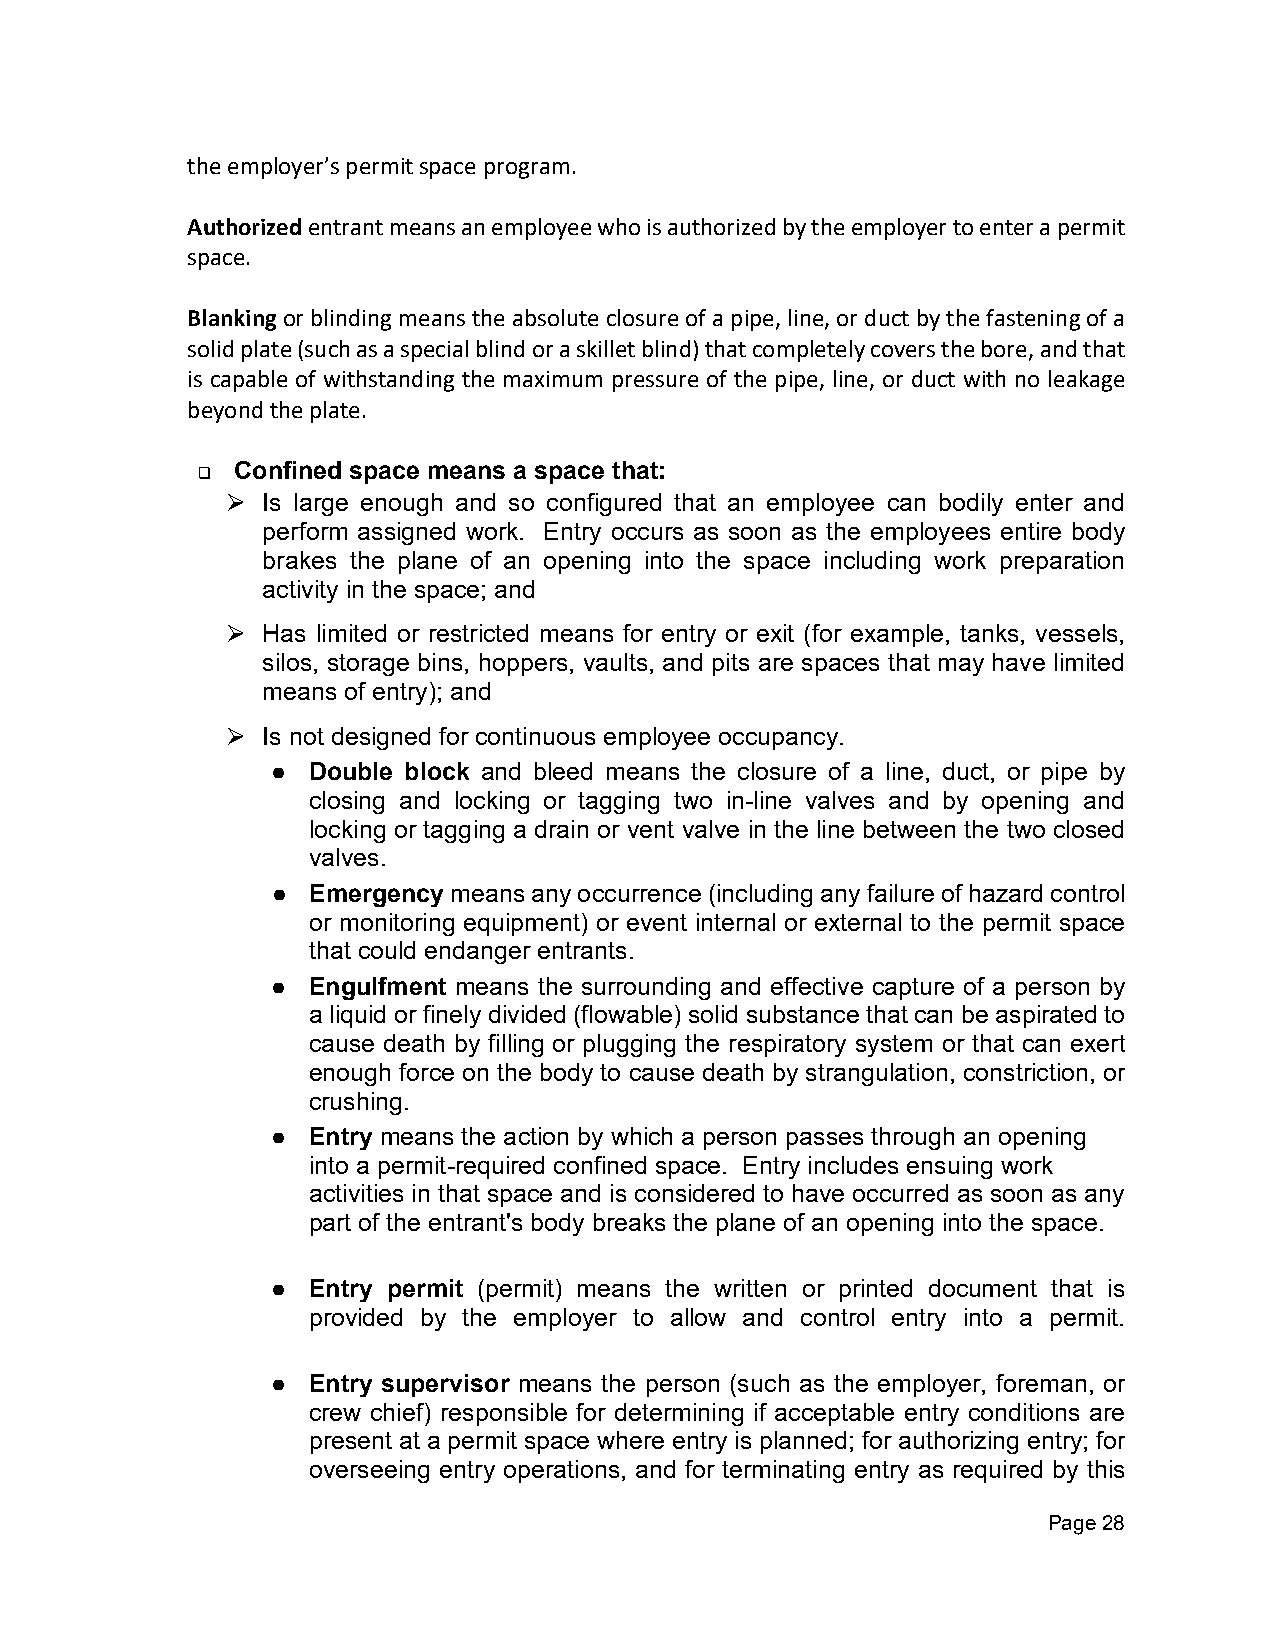
the employer’s permit space program.
 Authorized entrant means an employee who is authorized by the employer to enter a permit
 space.
 Blanking or blinding means the absolute closure of a pipe, line, or duct by the fastening of a
 solid plate (such as a special blind or a skillet blind) that completely covers the bore, and that
 is capable of withstanding the maximum pressure of the pipe, line, or duct with no leakage
 beyond the plate.
 Confined space means a space that:
 ❑
 Is large enough and so configured that an employee can bodily enter and
 ⮚
 perform assigned work. Entry occurs as soon as the employees entire body
 brakes the plane of an opening into the space including work preparation
 activity in the space; and
 Has limited or restricted means for entry or exit (for example, tanks, vessels,
 ⮚
 silos, storage bins, hoppers, vaults, and pits are spaces that may have limited
 means of entry); and
 Is not designed for continuous employee occupancy.
 ⮚
 ● Double block and bleed means the closure of a line, duct, or pipe by
 closing and locking or tagging two in-line valves and by opening and
 locking or tagging a drain or vent valve in the line between the two closed
 valves.
 ● Emergency means any occurrence (including any failure of hazard control
 or monitoring equipment) or event internal or external to the permit space
 that could endanger entrants.
 ● Engulfment means the surrounding and effective capture of a person by
 a liquid or finely divided (flowable) solid substance that can be aspirated to
 cause death by filling or plugging the respiratory system or that can exert
 enough force on the body to cause death by strangulation, constriction, or
 crushing.
 ● Entry means the action by which a person passes through an opening
 into a permit-required confined space. Entry includes ensuing work
 activities in that space and is considered to have occurred as soon as any
 part of the entrant's body breaks the plane of an opening into the space.
 ● Entry permit (permit) means the written or printed document that is
 provided by the employer to allow and control entry into a permit.
 ● Entry supervisor means the person (such as the employer, foreman, or
 crew chief) responsible for determining if acceptable entry conditions are
 present at a permit space where entry is planned; for authorizing entry; for
 overseeing entry operations, and for terminating entry as required by this
 Page 28